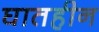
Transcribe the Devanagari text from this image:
घातहीन